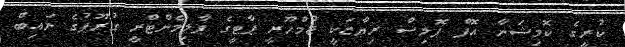
ކުރީގެ ކޮމިޝަނާ އޮފް ޕޮލިސް ރިޔާޒަކީ ޖުމްހޫރީ ޕާޓީގެ ޕާލިމެންޓްރީ ގުރޫޕުގެ ނައިބް